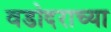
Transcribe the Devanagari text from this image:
वडोदराच्या